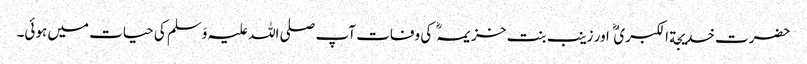
حضرت خدیجة الکبریٰ اور زینب بنت خزیمہ کی وفات آپ صلی اللہ علیہ وَسلم کی حیات میں ہوئی۔